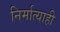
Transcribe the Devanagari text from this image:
निर्मात्याही